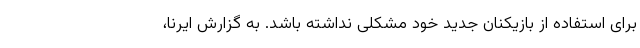
برای استفاده از بازیکنان جدید خود مشکلی نداشته باشد. به گزارش ایرنا،